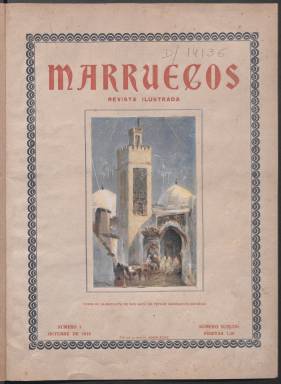
Título: Marruecos (Madrid)
Colección: África
Ámbito geográfico: Madrid
Lugar de publicación: Madrid
Fechas: 01/10/1919-31/03/1921